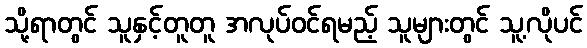
သို့ရာတွင် သူနှင့်တူတူ အလုပ်ဝင်ရမည့် သူများတွင် သူ့လိုပင်